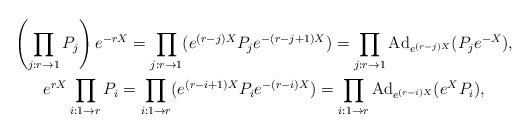
LaTeX: \begin{align*}\begin{gathered}\left(\prod_{j:r\to 1}P_j\right)e^{-rX}=\prod_{j:r\to 1}(e^{(r-j)X}P_je^{-(r-j+1)X})=\prod_{j:r\to 1}\mathrm{Ad}_{e^{(r-j)X}}(P_je^{-X}),\\e^{rX}\prod_{i:1\to r}P_i=\prod_{i:1\to r}(e^{(r-i+1)X}P_ie^{-(r-i)X})=\prod_{i:1\to r}\mathrm{Ad}_{e^{(r-i)X}}(e^XP_i),\end{gathered}\end{align*}